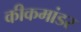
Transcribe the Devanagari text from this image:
कीकमांडर